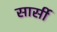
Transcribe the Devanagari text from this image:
सार्सी